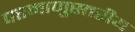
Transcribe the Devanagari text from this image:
परमाणुस्तरीय